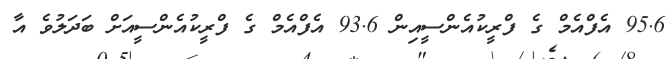
95.6 އެފްއެމް ގެ ފްރީކުއެންސީއިން 93.6 އެފްއެމް ގެ ފްރީކުއެންސީއަށް ބަދަލުވެ އާ